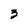
Character: 3